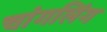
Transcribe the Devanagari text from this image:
चांगलिंग